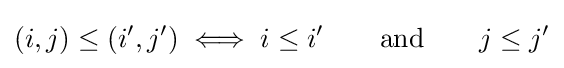
(i,j)\leq (i',j')\iff i\leq i'\qquad {\textrm {and}}\qquad j\leq j'